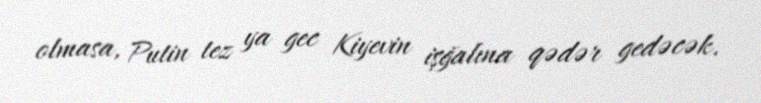
olmasa, Putin tez ya gec Kiyevin işğalına qədər gedəcək.